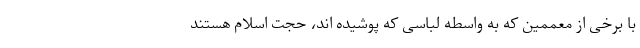
با برخی از معممین که به واسطه لباسی که پوشیده اند، حجت اسلام هستند